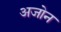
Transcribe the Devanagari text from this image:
अजोन